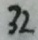
3 2